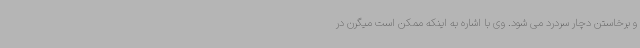
و برخاستن دچار سردرد می شود. وی با اشاره به اینکه ممکن است میگرن در